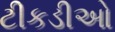
ટીકડીઓ